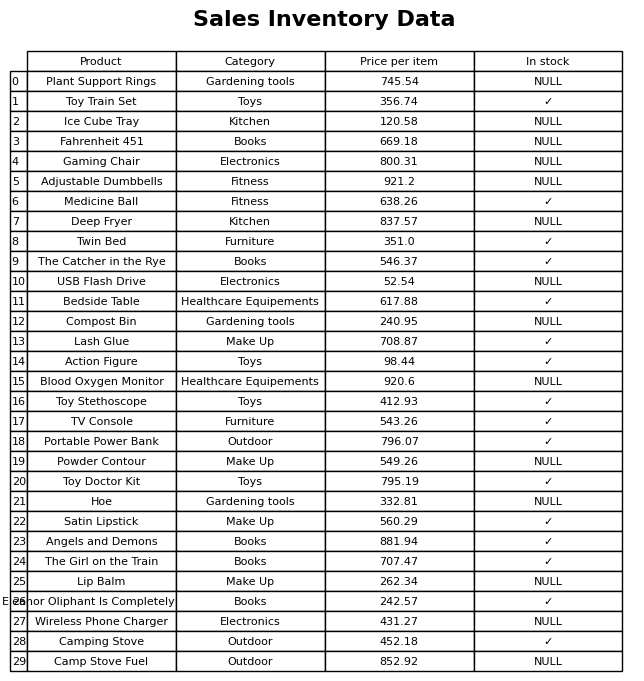
question: What is the price for Ice Cube Tray?
answer: The price of Ice Cube Tray is 120.58.